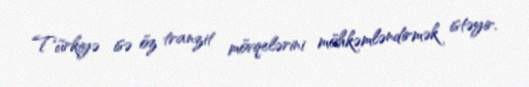
Türkiyə isə öz tranzit mövqelərini möhkəmləndirmək istəyir.